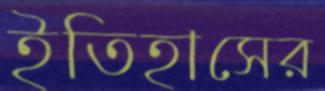
ইতিহাসের